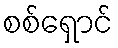
စစ်ရှောင်